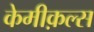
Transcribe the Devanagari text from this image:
केमीक़ल्स